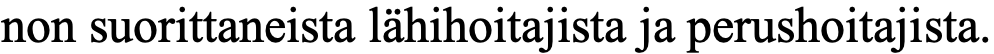
non suorittaneista lähihoitajista ja perushoitajista.